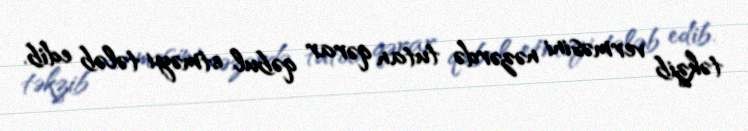
təkzib verməsini nəzərdə tutan qərar qəbul etməyi tələb edib.